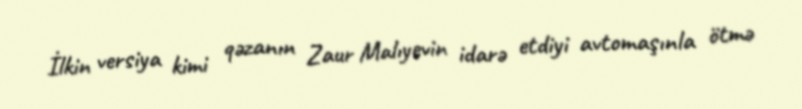
İlkin versiya kimi qəzanın Zaur Malıyevin idarə etdiyi avtomaşınla ötmə